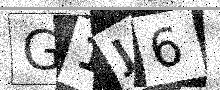
Text: G1J6